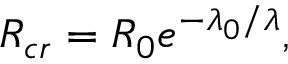
R _ { c r } = R _ { 0 } e ^ { - \lambda _ { 0 } / \lambda } ,